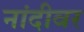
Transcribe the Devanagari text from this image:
नांदीवर